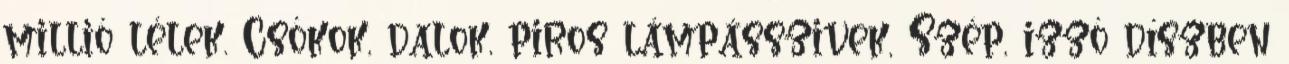
millió lélek. Csókok, dalok, piros lámpásszivek, Szép, izzó díszben